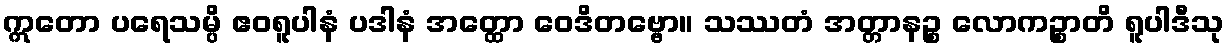
ဣတော ပရေသမ္ပိ ဧဝရူပါနံ ပဒါနံ အတ္ထော ဝေဒိတဗ္ဗော။ သဿတံ အတ္တာနဉ္စ လောကဉ္စာတိ ရူပါဒီသု